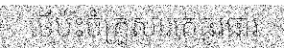
បើប៉ះចំគ្រួសារគេធូរធារ